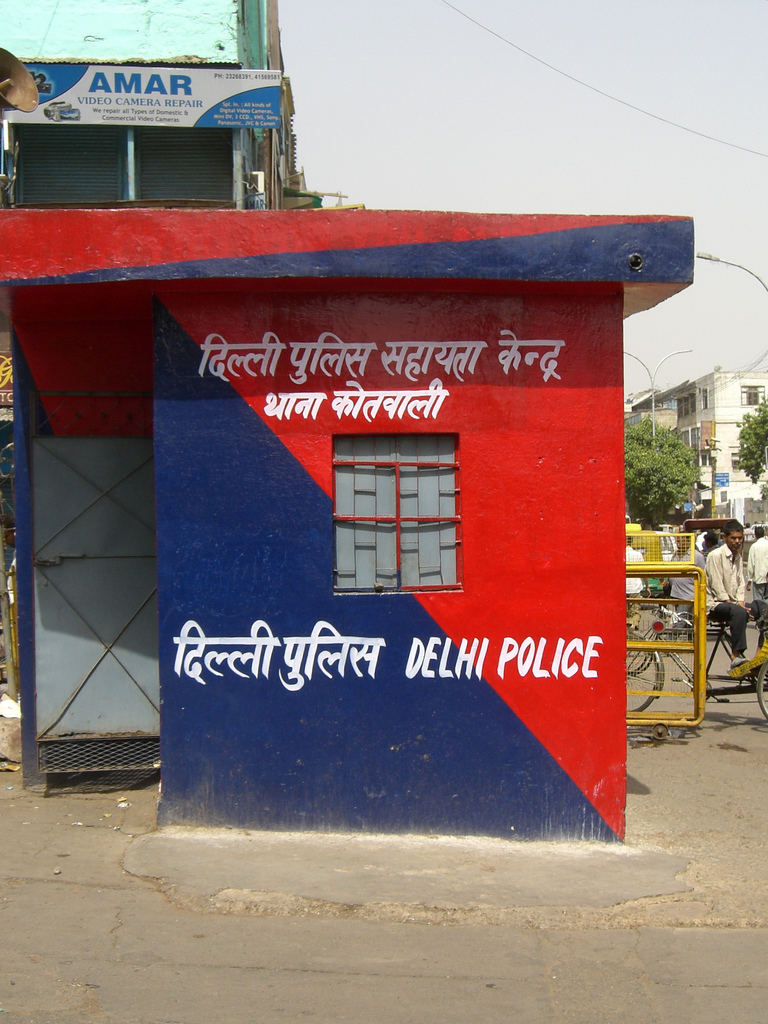
Language: hindi
Transcription: दिल्ली पुलिस पुलिस सहायता केन्द्र थाना कोतवाली दिल्ली